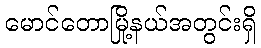
မောင်တောမြို့နယ်အတွင်းရှိ